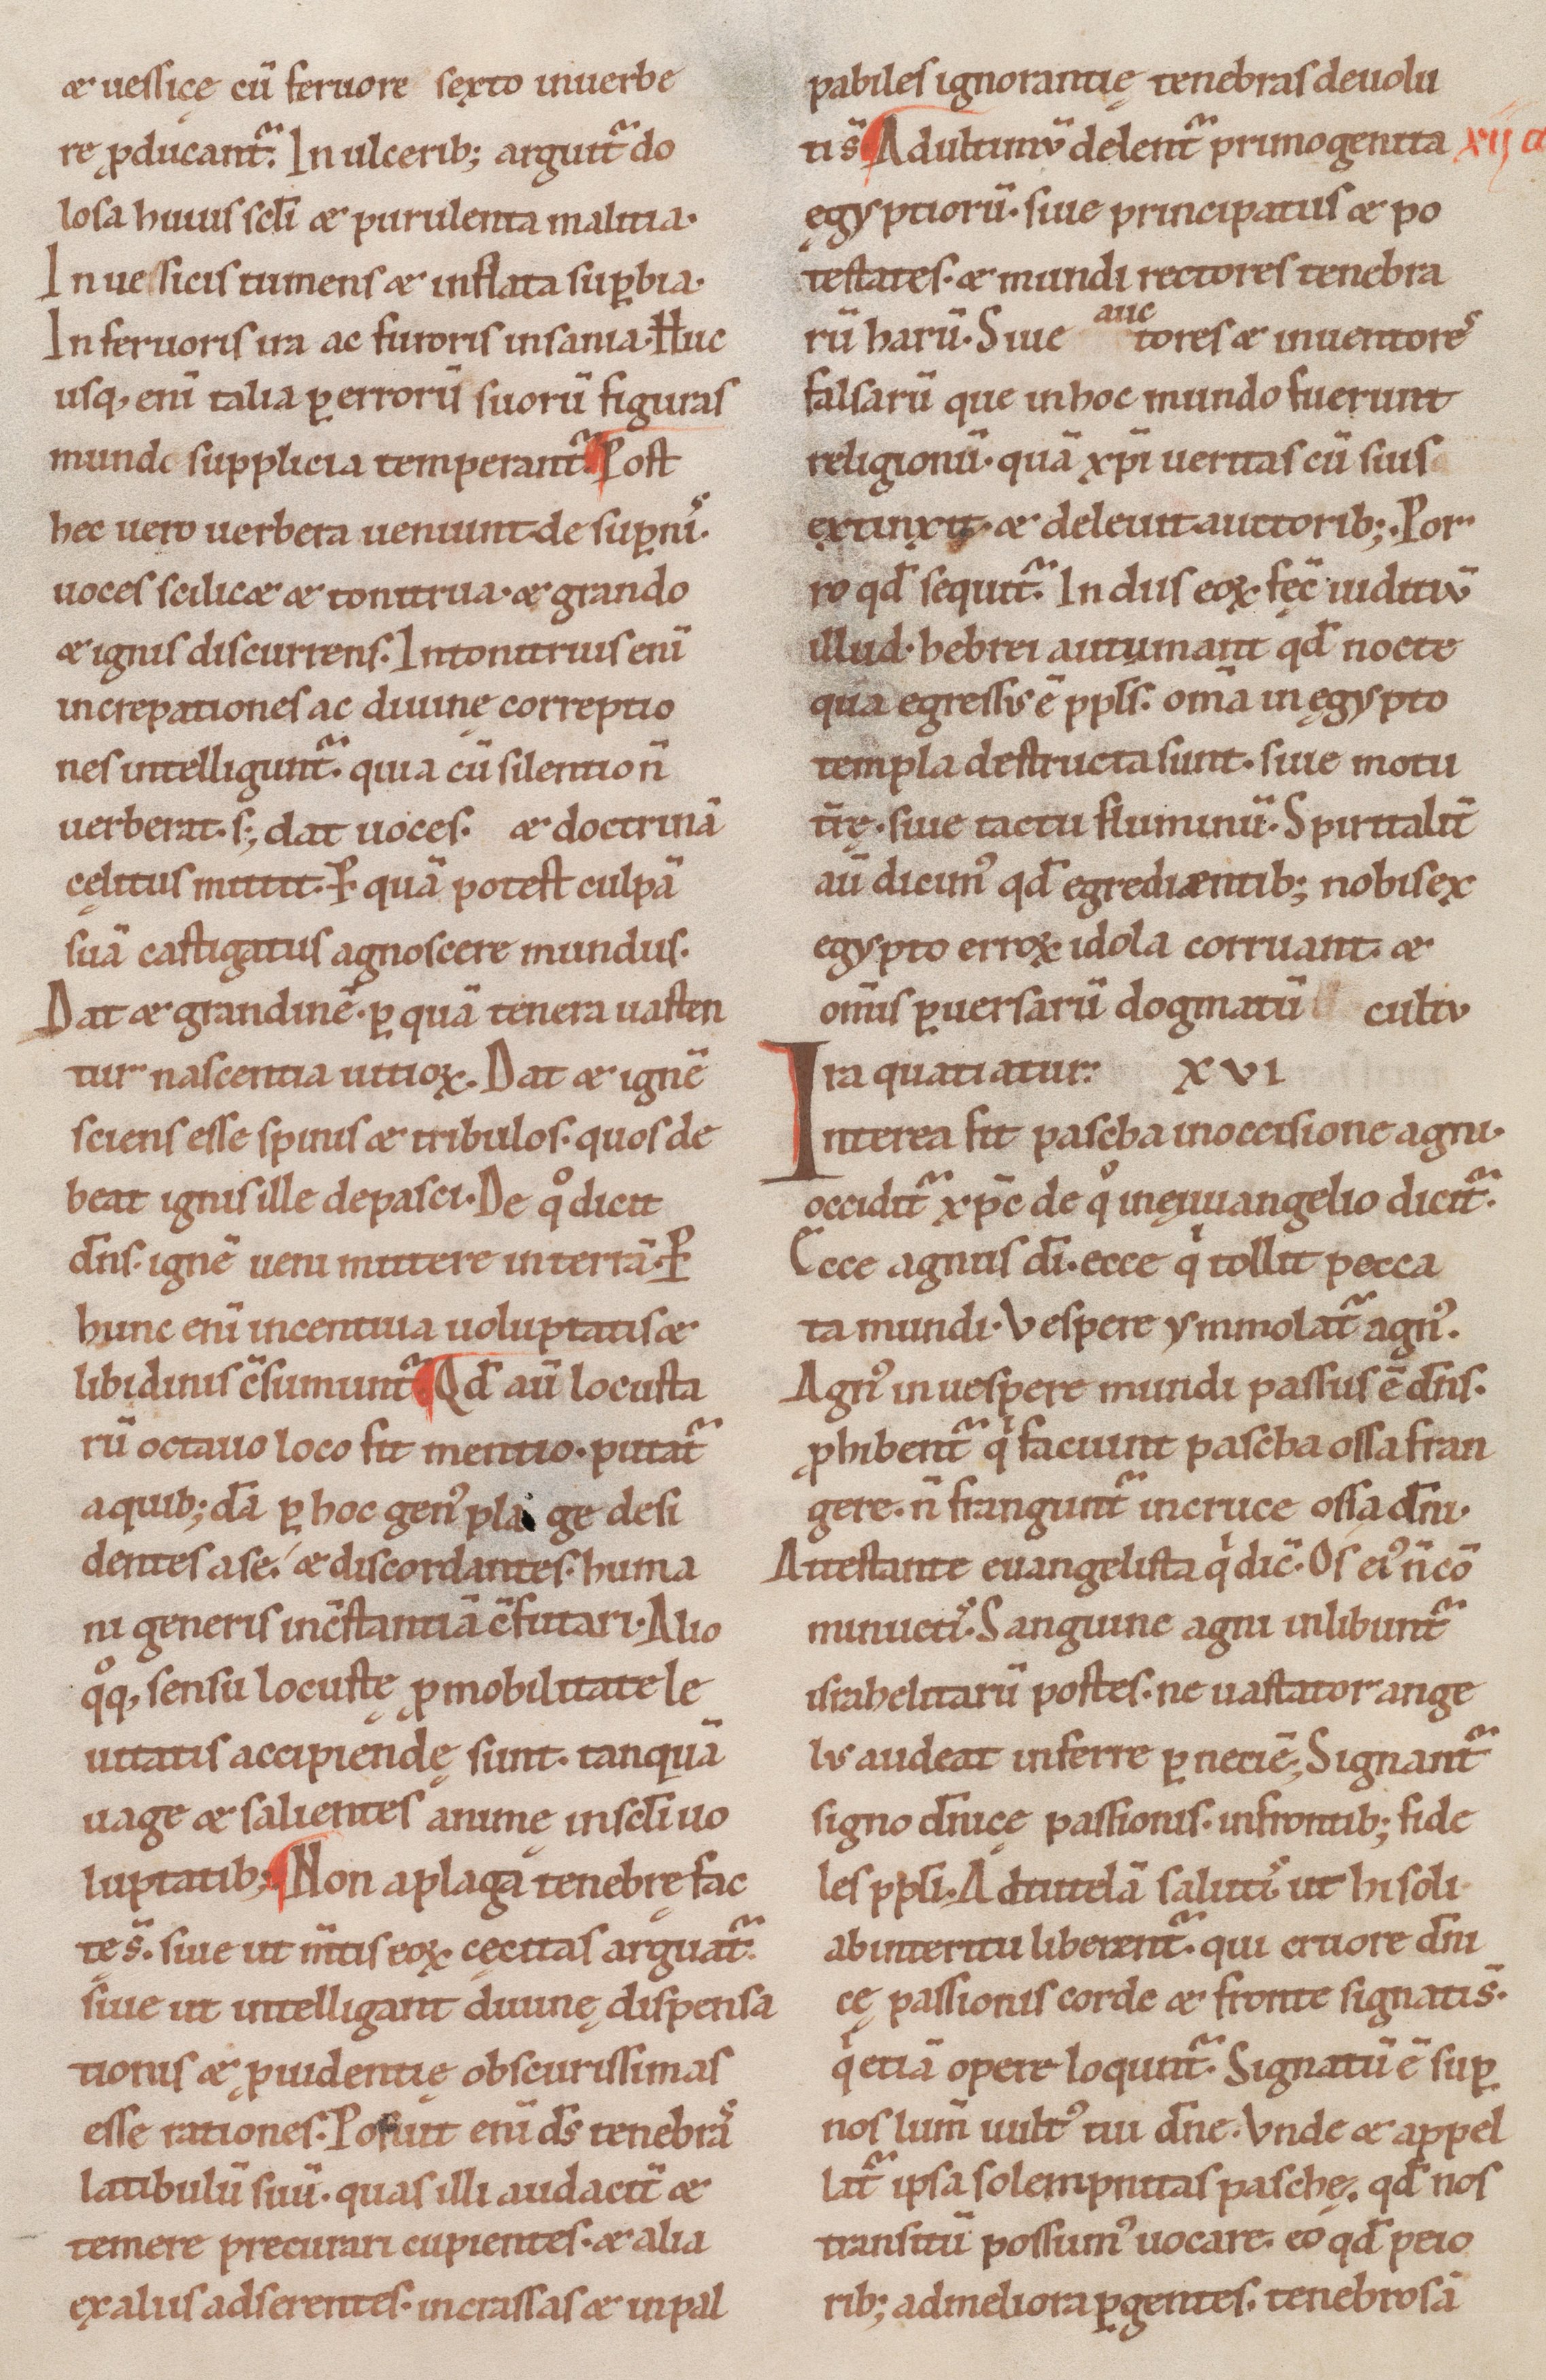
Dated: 1100–1199